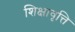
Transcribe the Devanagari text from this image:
शिक्षावृत्ति